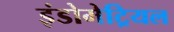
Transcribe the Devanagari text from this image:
इंडोमेट्रियल